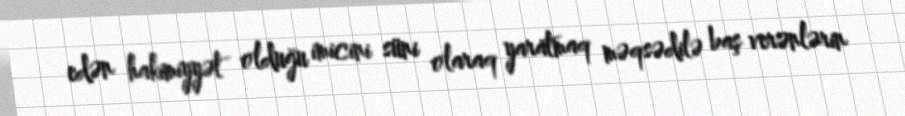
edən hakimiyyət olduğu imicini süni olaraq yaratmaq məqsədilə baş verənlərin